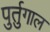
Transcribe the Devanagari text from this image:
पुर्तुगाल